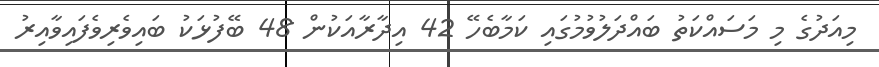
މިއަދުގެ މި މަސައްކަތު ބައްދަލުވުމުގައި ކަމާބެހޭ 42 އިދާރާއަކުން 48 ބޭފުޅަކު ބައިވެރިވެފައިވާއިރު